Leaving Certificate, 1897
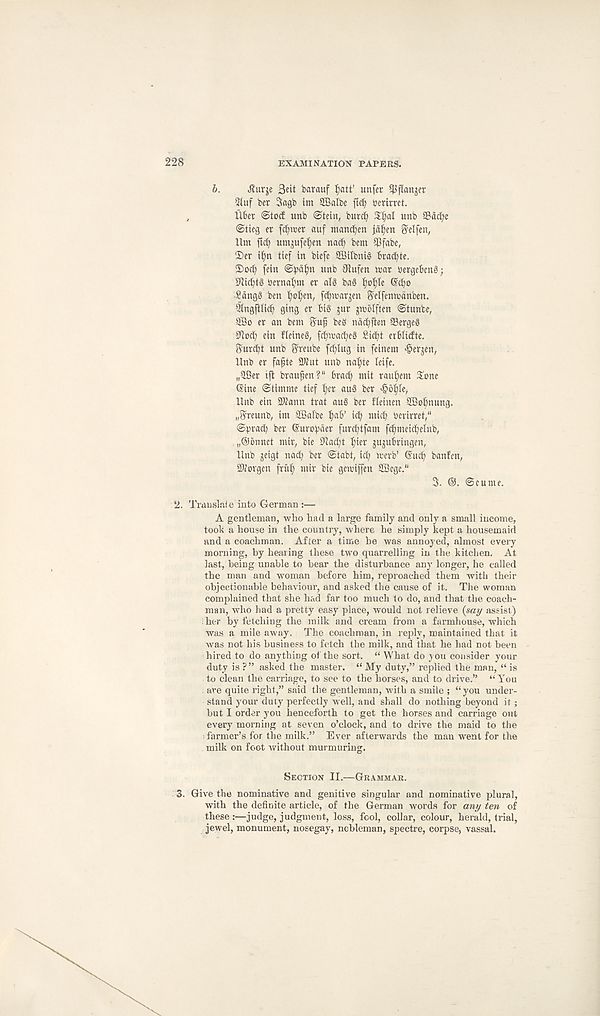
228
EXAMINATION PAPERS.
b.
Jturje 3«t barauf ^att’ unfer ^pan^er
3(uf ber Sagb im 3Balbe ftd) i?erirrct.
liber ©tod unb Stein, burd)
unb Sdd;e
Stieg er f^wer auf manc^en jd^en ^elfen,
Itm ftd) umjufe^en nad) bent 35fabe(
©er i^n tief in biefe Sffiilbnig brac^te.
©od> fein Strain ttnb 0iufen tnar nergebeng;
Dli^tg t)ernal;m er alg ba§ l^o^Ie @cbo
■ 2dng§ ben l)oI)en, (c^tcar^en S'elfemvdnben.
Qingftlid^ ging er big jur gwblften Stunbe,
9Bo er an bent
beg ndc^ften SBergeg
0ioc^ ein fieineg, [c^wac^eg Si(^t erblicfte.
Surd?! unb Sreube fd)Iug in feinem ^erjen,
llnb er fafte STOut unb nal)te leife.
„iIBer tfl brau^en?" brad) utit rau^em ©one
Sine Stimme tief tyx aug ber >§0^,
Unb ein SKann trat aug ber fleinen SBobnung,
.^reunb, int SBalbe l)ab’ id? mid? Ocrirret,"
©O^d; ber @urof)der furd)tfam fd?meid?elnb,
..©bnnet mir, bie S^adit I;ter jujubringen,
Unb geigt na^ ber Stabt, icf? tuerb’ (Sud? banfen,
2Wovgen fritf) ntir bie gemiffen 2Begc.“
3. ®. Scume.
2. Tmuslnie into German:—
A gentleman, who had a large family and only a small income,
took a house in the country, where he simply kept a housemaid
and a coachman. After a time be was annoyed, almost every
morning, by hearing these two quarrelling in the kitchen. At
last, being unable to bear the disturbance any longer, he called
the man and woman before him, reproached them with their
objectionable behaviour, and asked the cause of it. The woman
complained that she had far too much to do, and that the coach-
man, who had a pretty easy place, would not relieve (say assist)
her by fetching the milk and cream from a farmhouse, which
was a mile away. The coachman, in reply, maintained that it
was not his business to fetch the milk, and that he had not been
hired to do anything of the sort. “ What do you consider your
duty is ?” asked the master. “ My duty,” replied the man, “ is
to clean the carriage, to see to the horses, and to drive.” “ You
; are quite right,” said the gentleman, with a smile ; “ you under-
stand your duty perfectly well, and shall do nothing beyond it;
but I order you henceforth to get the horses and carriage out
every morning at seven o’clock, and to drive the maid to the
farmer’s for the milk.” Ever afterwards the man went for the
milk on foot without murmuring.
SECTION II.—GRAMMAR.
3. Give the nominative and genitive singular and nominative plural,
with the definite article, of the German words for any ten of
these :—judge, judgment, loss, fool, collar, colour, herald, trial,
jewel, monument, nosegay, nobleman, spectre, corpse, vassal.